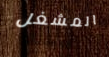
المشغل